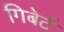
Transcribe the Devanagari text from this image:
गिबेर्ट